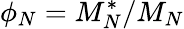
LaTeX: \phi_{N}=M_{N}^{*}/M_{N}